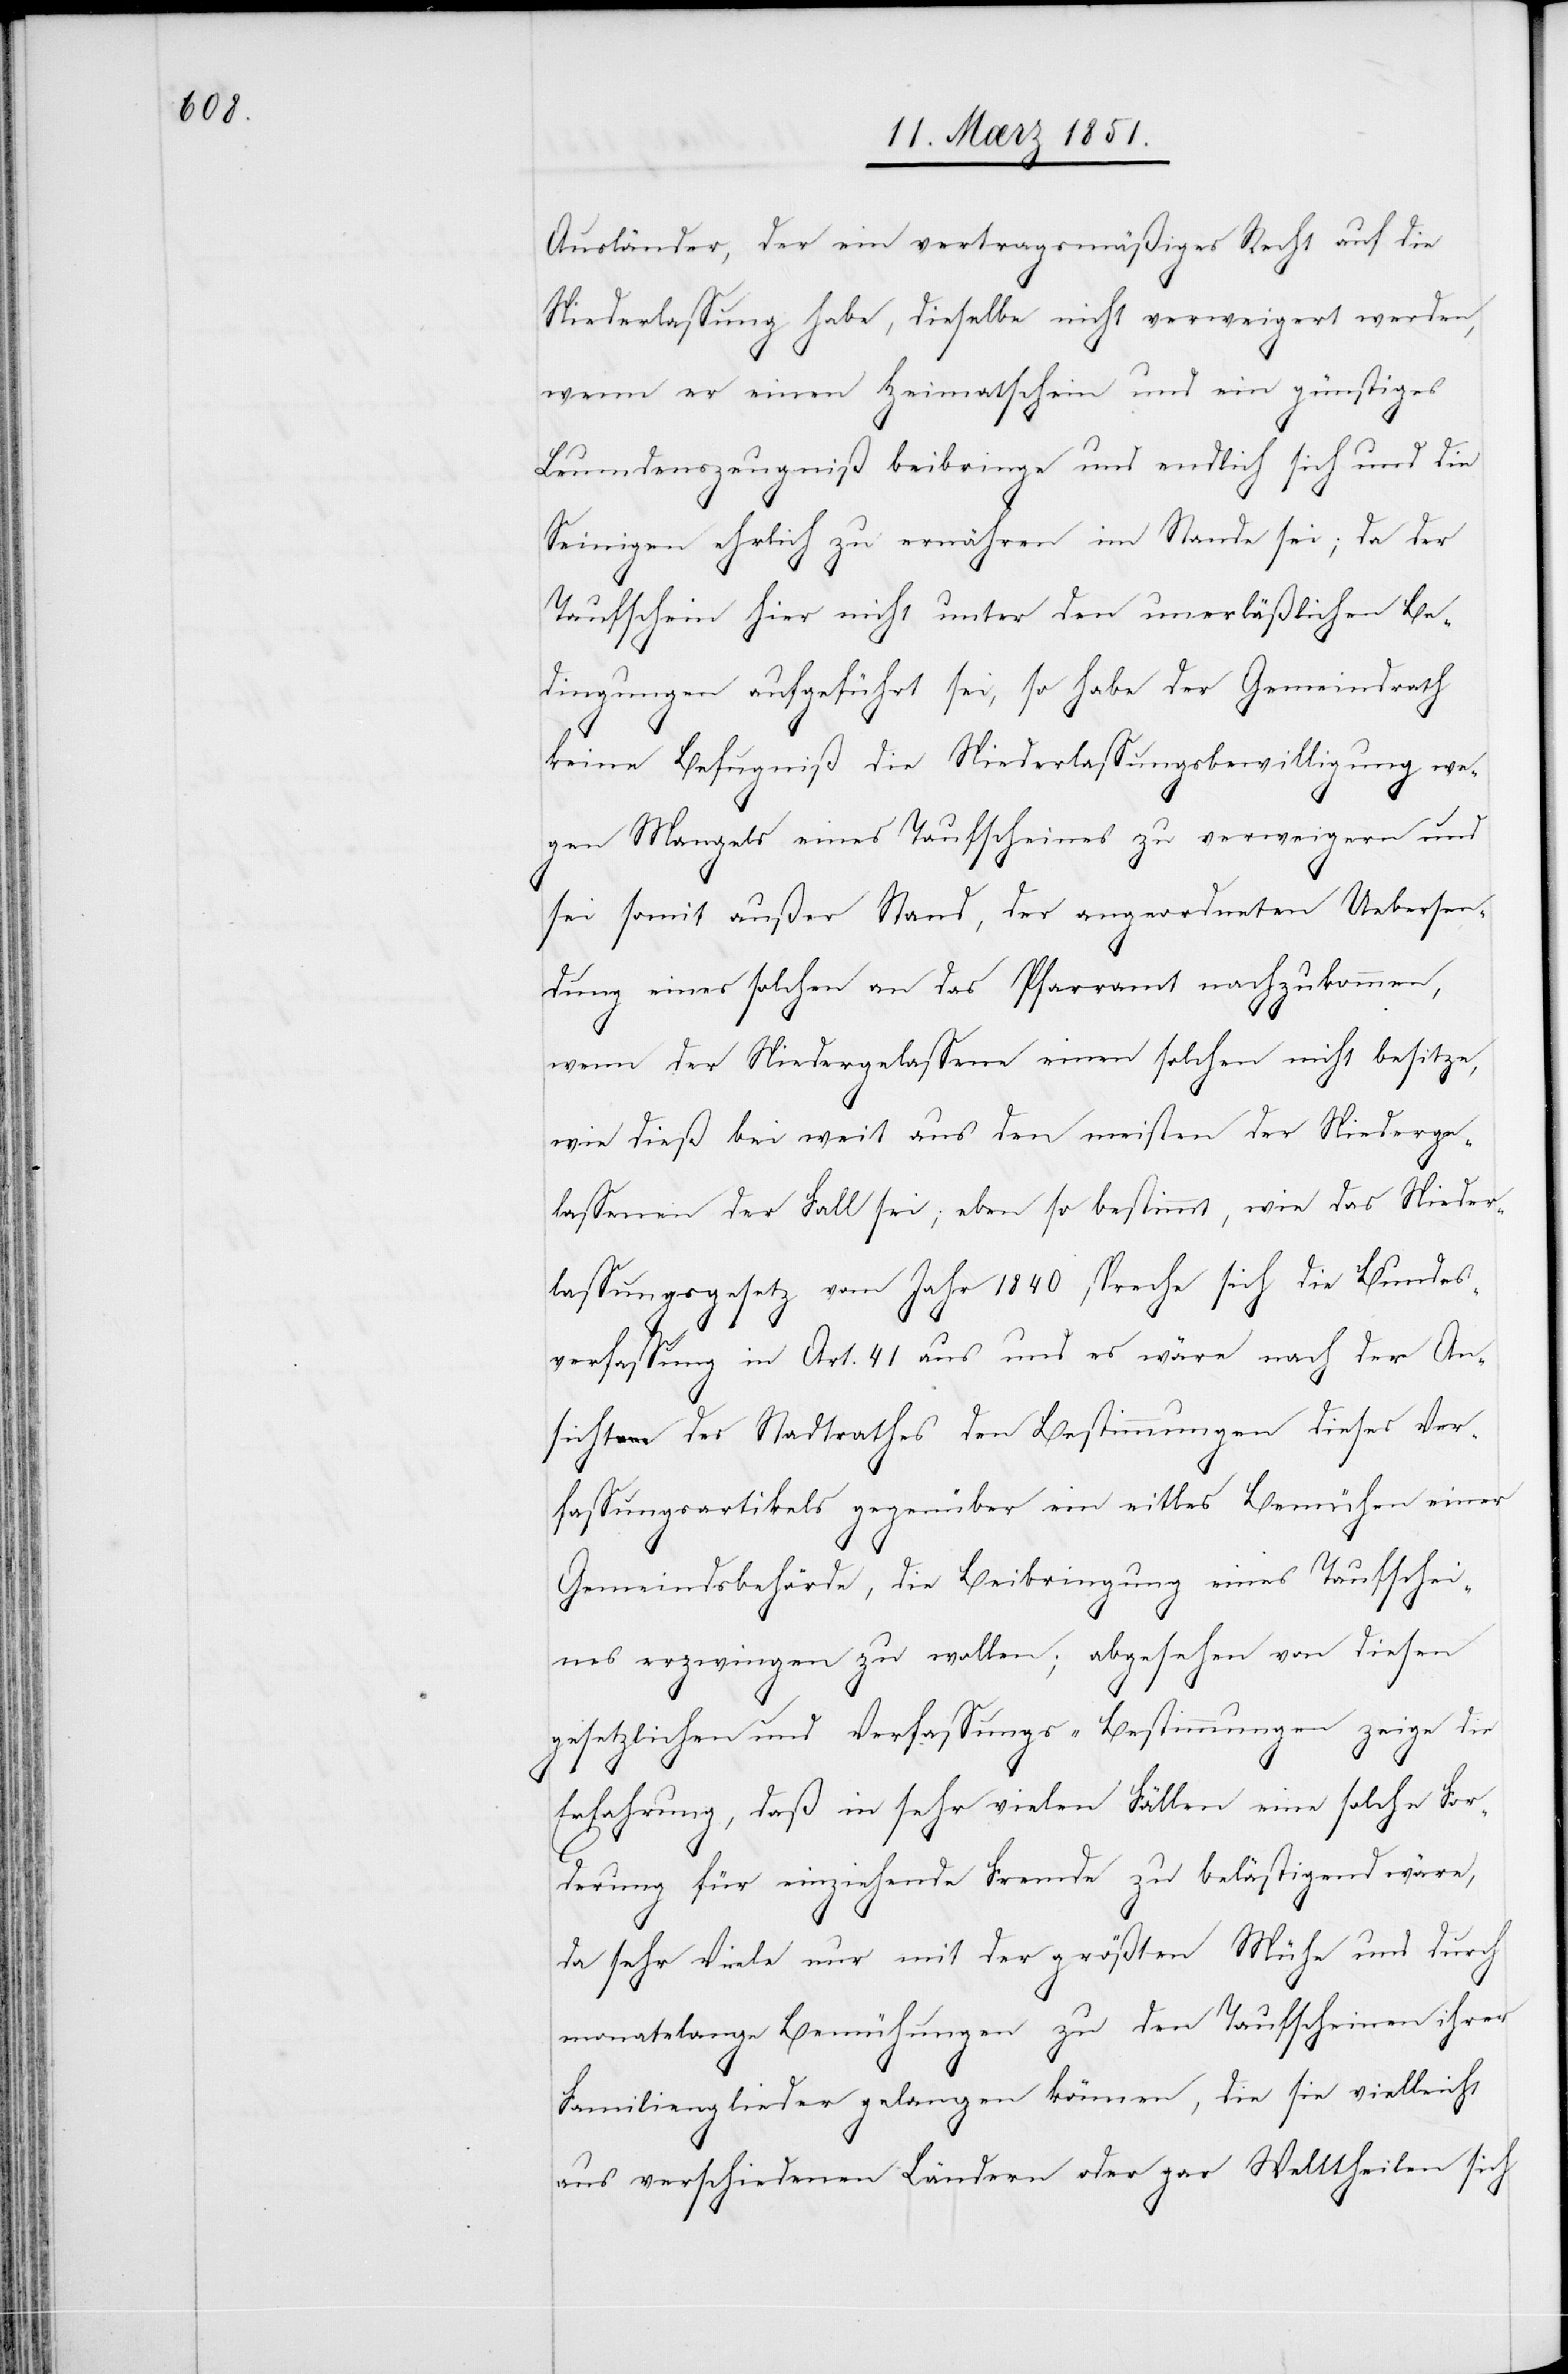
Ausländer, der ein vertragsmäßiges Recht auf die
Niederlassung habe, dieselbe nicht verweigert werden,
wenn er einen Heimatschein und ein günstiges
Leumdenszeugniß beibringe und endlich sich und die
Seinigen ehrlich zu ernähren im Stande sei; da der
Taufschein hier nicht unter den unerläßlichen Be¬
dingungen aufgeführt sei, so habe der Gemeindrath
keine Befugniß die Niederlassungsbewilligung we¬
gen Mangels eines Taufscheines zu verweigern und
sei somit außer Stand, der angeordneten Uebersen¬
dung eines solchen an das Pfarramt nachzukommen,
wenn der Niedergelassene einen solchen nicht besitze,
wie dieß bei weit aus den meisten der Niederge¬
lassenen der Fall sei; eben so bestimmt, wie das Nieder¬
lassungsgesetz vom Jahr 1840 spreche sich die Bundes¬
verfassung in Art. 41 aus und es wäre nach der An¬
sicht des Stadtrathes den Bestimmungen dieses Ver¬
fassungsartikels gegenüber ein eitles Bemühen einer
Gemeindsbehörde, die Beibringung eines Taufschei¬
nes erzwingen zu wollen; abgesehen von diesen
gesetzlichen und Verfassungs-Bestimmungen zeige die
Erfahrung, daß in sehr vielen Fällen eine solche For¬
derung für einziehende Fremde zu belästigend wäre,
da sehr Viele nur mit der größten Mühe und durch
monatelange Bemühungen zu den Taufscheinen ihrer
Familienglieder gelangen können, die sie vielleicht
aus verschiedenen Ländern oder gar Welttheilen sich